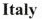
Italy